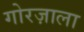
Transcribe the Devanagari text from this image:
गोरज़ाला